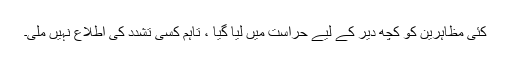
کئی مظاہرین کو کچھ دیر کے لیے حراست میں لیا گیا ، تاہم کسی تشدد کی اطلاع نہیں ملی۔